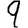
Digit: 9